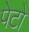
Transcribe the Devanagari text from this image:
पेटो